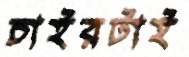
চাইরটাই